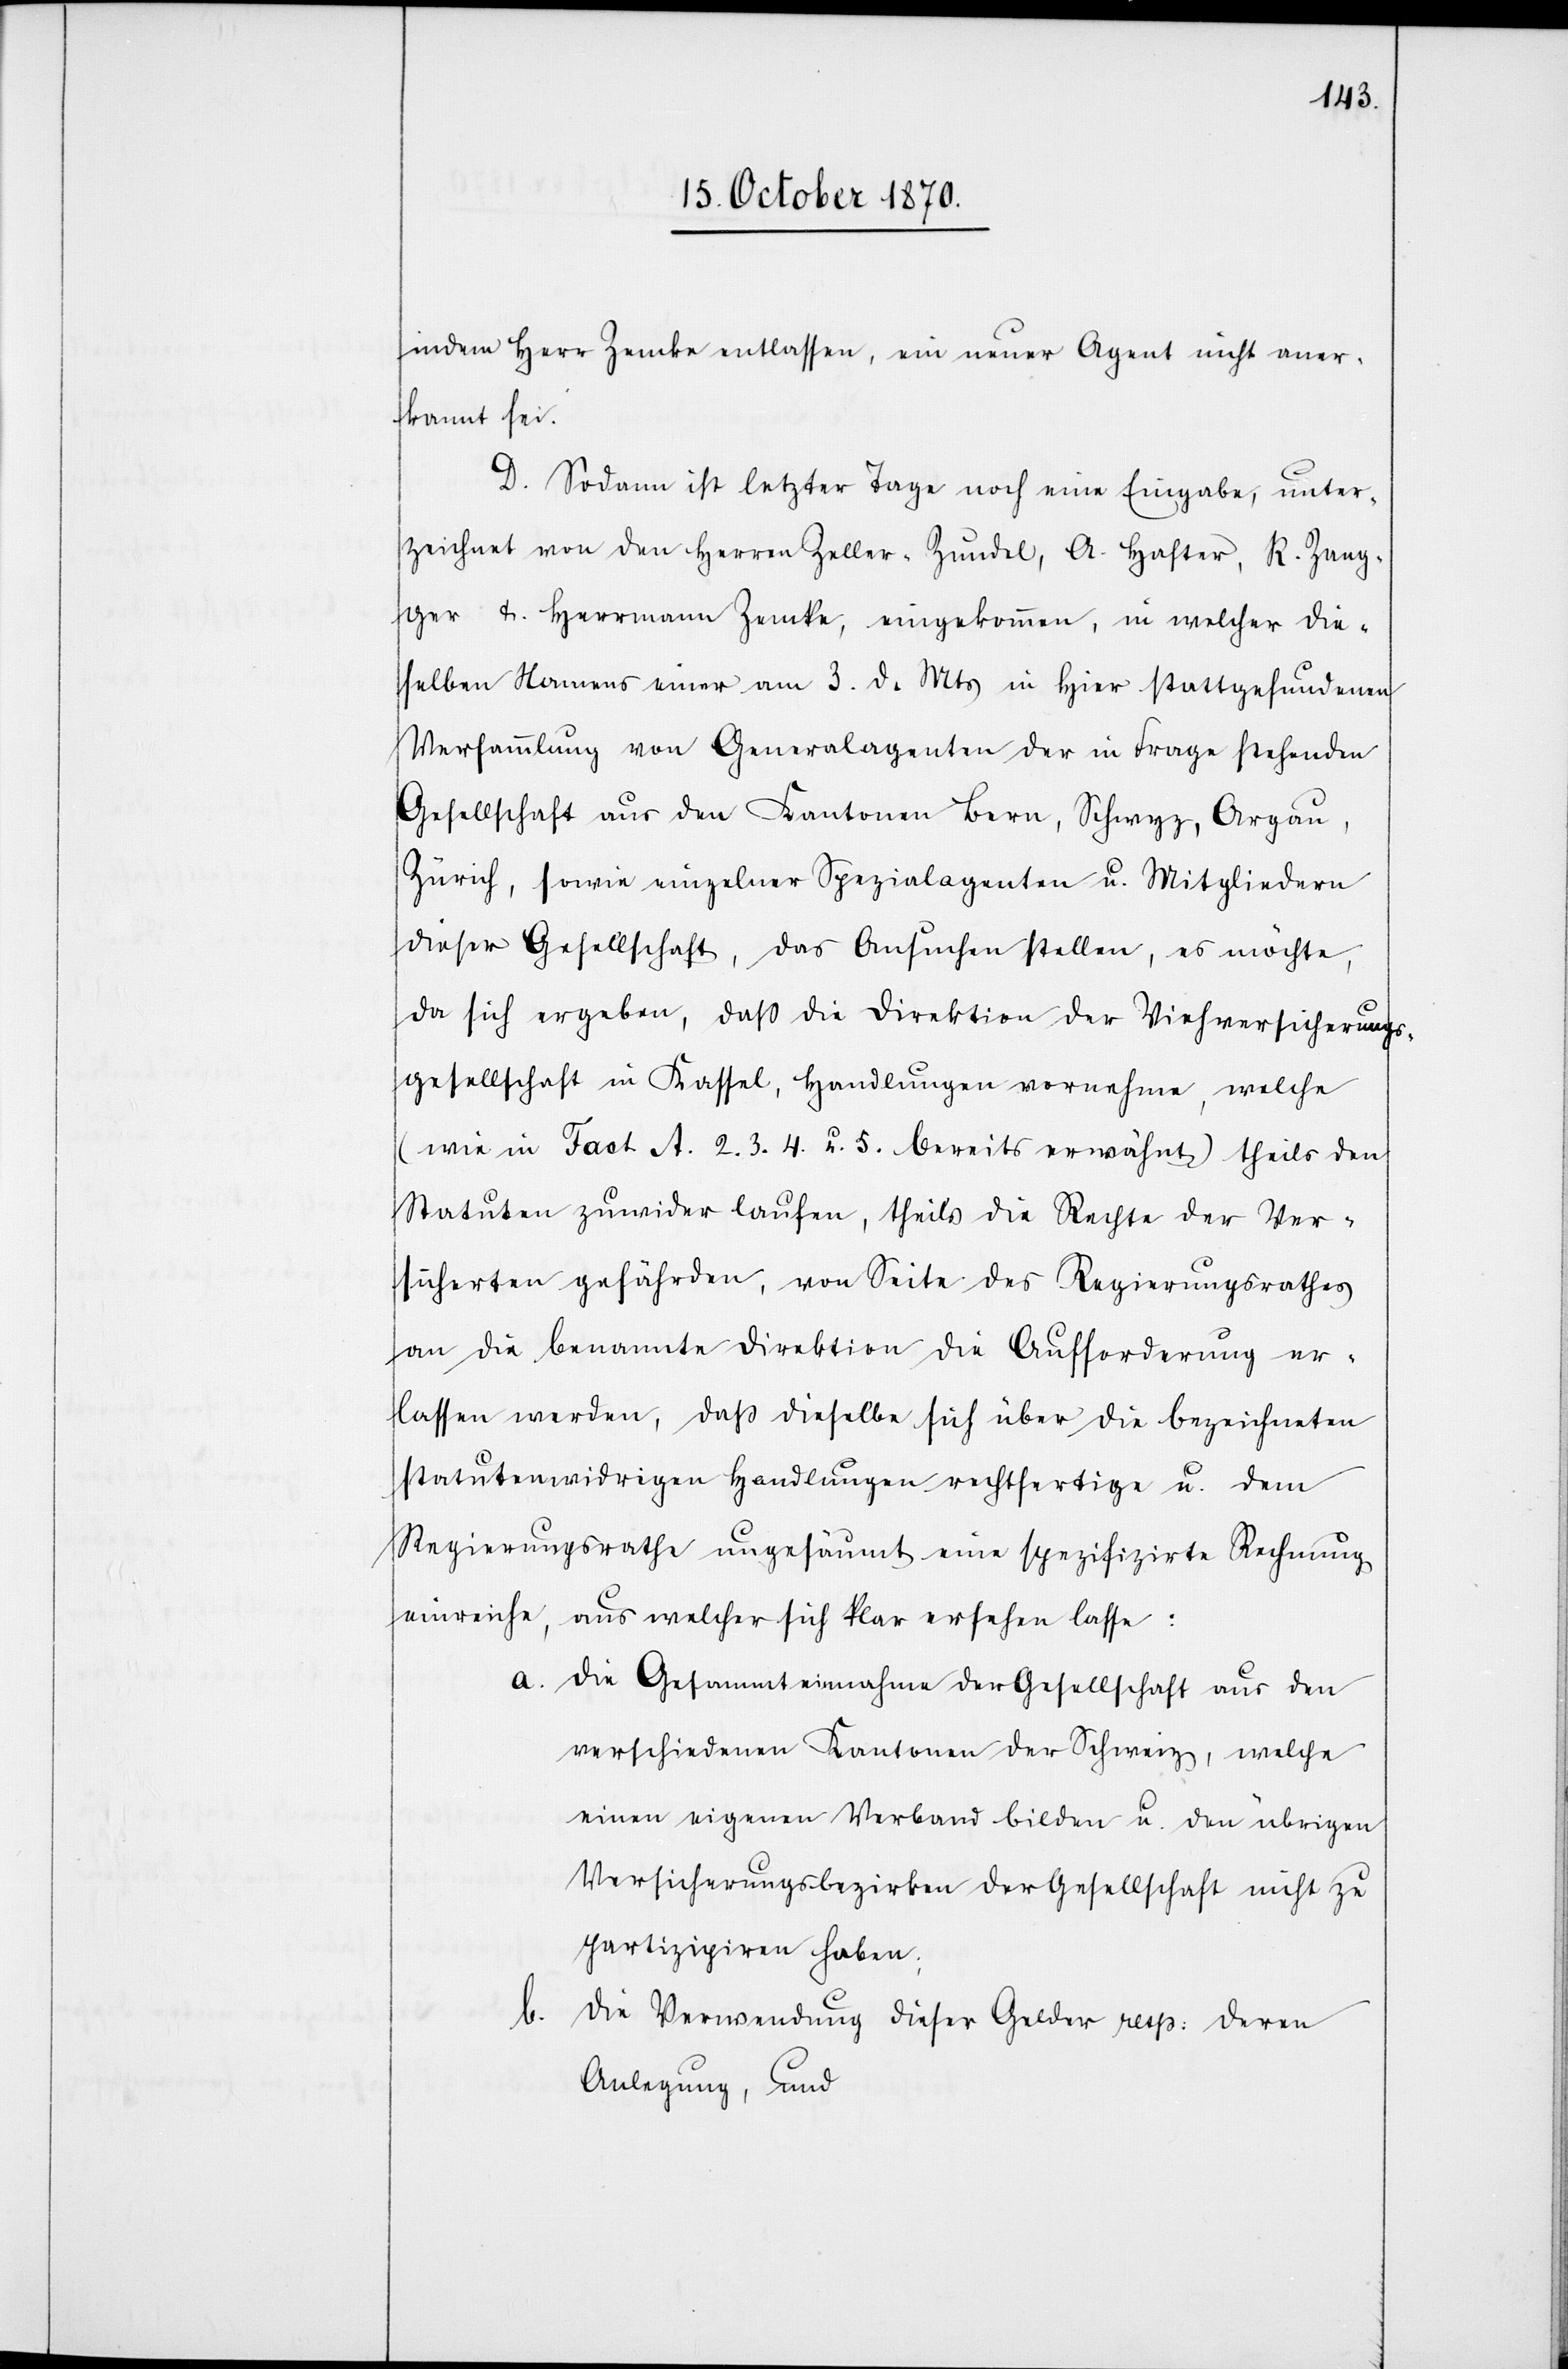
indem Herr Zemke entlassen, ein neuer Agent nicht aner¬
kannt sei.
D. Sodann ist letzter Tage noch eine Eingabe, unter¬
zeichnet von den Herren Zeller-Zundel, A. Hafter, R. Zang¬
ger & Herrrmann [sic!] Zemke, eingekommen, in welcher die¬
selben Namens einer am 3. d. Mts. in hier stattgefundenen
Versammlung von Generalagenten der in Frage stehenden
Gesellschaft aus den Kantonen Bern, Schwyz, Argau,
Zürich, sowie einzelner Spezialagenten u. Mitgliedern
dieser Gesellschaft, das Ansuchen stellen, es möchte,
da sich ergeben, daß die Direktion der Viehversicherungs¬
gesellschaft in Kassel, Handlungen vornehme, welche
wie in Fact A. 2. 3. 4. u. 5. bereits erwähnt) theils den
Statuten zuwider laufen, theils die Rechte der Ver¬
führten gefährden, von Seite des Regierungsrathes
an die benannte Direktion die Aufforderung er¬
lassen werden, daß dieselbe sich über die bezeichneten
statutenwidrigen Handlungen rechtfertige u. dem
Regierungsrathe ungesäumt eine spezifizirte Rechnung
einreiche, aus welcher sich klar ersehen lasse:
a. Die Gesammteinnahme der Gesellschaft aus den
verschiedenen Kantonen der Schweiz, welche
einen eigenen Verband bilden u. den übrigen
Versicherungsbezirken der Gesellschaft nicht zu
partizipiren haben;
b. Die Verwendung dieser Gelder resp: deren
Anlegung, und